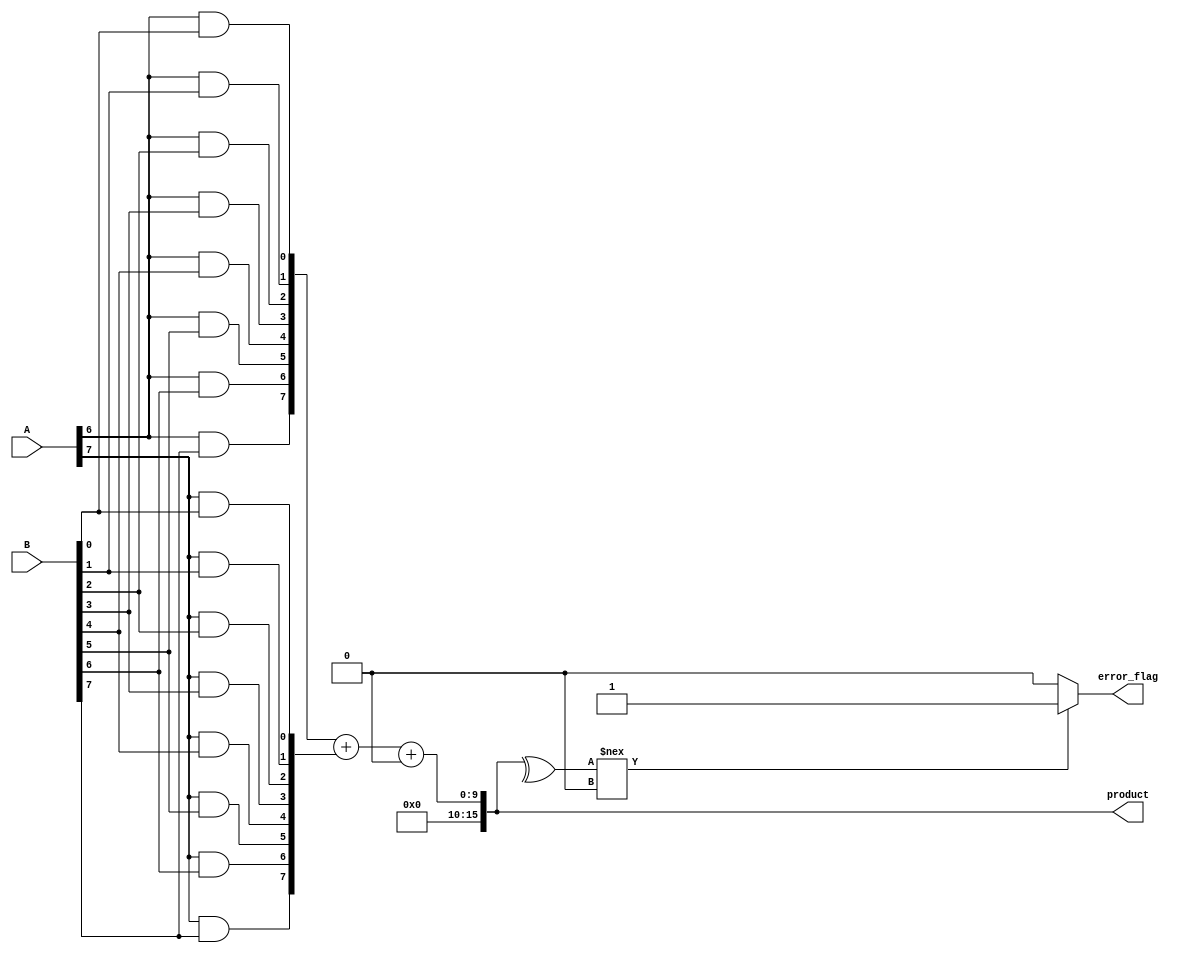
module Fault_Tolerant_Wallace_Tree_Multiplier #(parameter WIDTH = 8) (
    input [WIDTH-1:0] A,
    input [WIDTH-1:0] B,
    output reg [2*WIDTH-1:0] product,
    output reg error_flag
);

// Internal signals
wire [WIDTH-1:0] partial_products[WIDTH-1:0];
wire [2*WIDTH-1:0] sum[WIDTH-1:0];
wire [WIDTH-1:0] carry[WIDTH-1:0];

// Generate partial products
genvar i, j;
generate
    for (i = 0; i < WIDTH; i = i + 1) begin: pp_gen
        for (j = 0; j < WIDTH; j = j + 1) begin: pp_and
            assign partial_products[i][j] = A[i] & B[j];
        end
    end
endgenerate

// Wallace tree reduction
integer level;
always @(*) begin
    error_flag = 0; // Reset error flag
    // Initial sum and carry for the first level
    for (level = 0; level < WIDTH; level = level + 1) begin
        sum[level] = {1'b0, partial_products[level]};
        carry[level] = 0;
    end

    // Level-wise reduction
    for (level = 0; level < WIDTH; level = level + 1) begin
        if (level % 3 == 0) begin
            // Sum three bits using full adders and half adders
            // Example for 3 bits: sum = a + b + c
            // Implementing a simple 3-input full adder
            if (level + 2 < WIDTH) begin
                {carry[level + 1], sum[level + 1]} = sum[level] + sum[level + 1] + sum[level + 2];
            end else if (level + 1 < WIDTH) begin
                {carry[level + 1], sum[level + 1]} = sum[level] + sum[level + 1];
            end
        end
    end

    // Final addition with error detection
    product = sum[WIDTH-1] + carry[WIDTH-1];

    // Error detection (simple parity check for demonstration)
    if (^product !== 1'b0) begin
        error_flag = 1; // Indicate an error if parity is not even
    end
end

endmodule